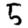
Digit: 5